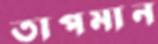
তাপমান